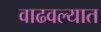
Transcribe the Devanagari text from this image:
वाढवल्यात